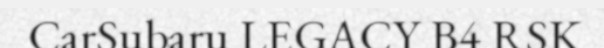
CarSubaru LEGACY B4 RSK